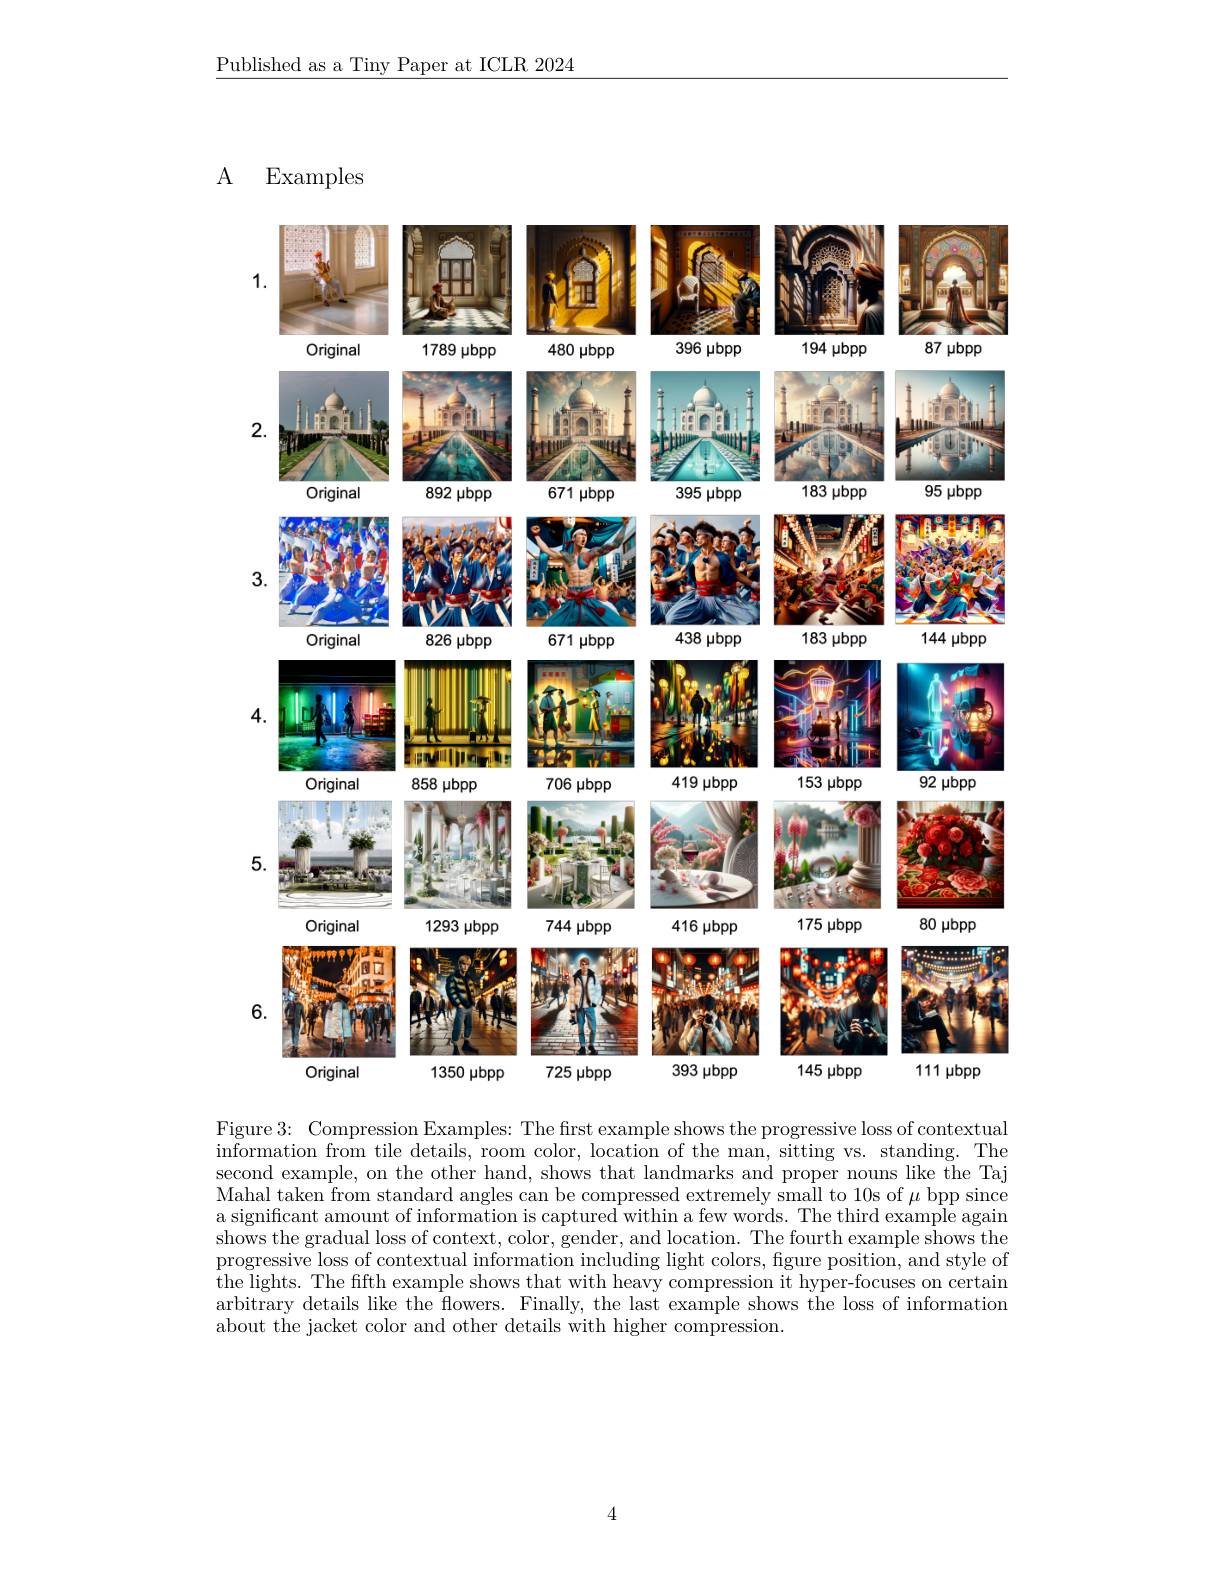
Published as a Tiny Paper at ICLR 2024

### A Examples

<FigureHere>

Figure 3: Compression Examples: The first example shows the progressive loss of contextual $\bar{\text{information from tile details, room color, location of the man, sitting vs. standing. The}}$ second example, on the other hand, shows that landmarks and proper nouns like the Taj Mahal taken from standard angles can be compressed extremely small to 10s of $\mu$ bpp since a significant amount of information is captured within a few words. The third example again $\bar{\text{shows the gradual loss of context, color, gender, and location. The fourth example shows the}}$ progressive loss of contextual information including light colors, figure position, and style of the lights. The fifth example shows that with heavy compression it hyper-focuses on certain arbitrary details like the flowers. Finally, the last example shows the loss of information about the jacket color and other details with higher compression.